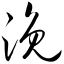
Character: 浼